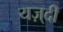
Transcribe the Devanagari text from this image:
यज़्दी